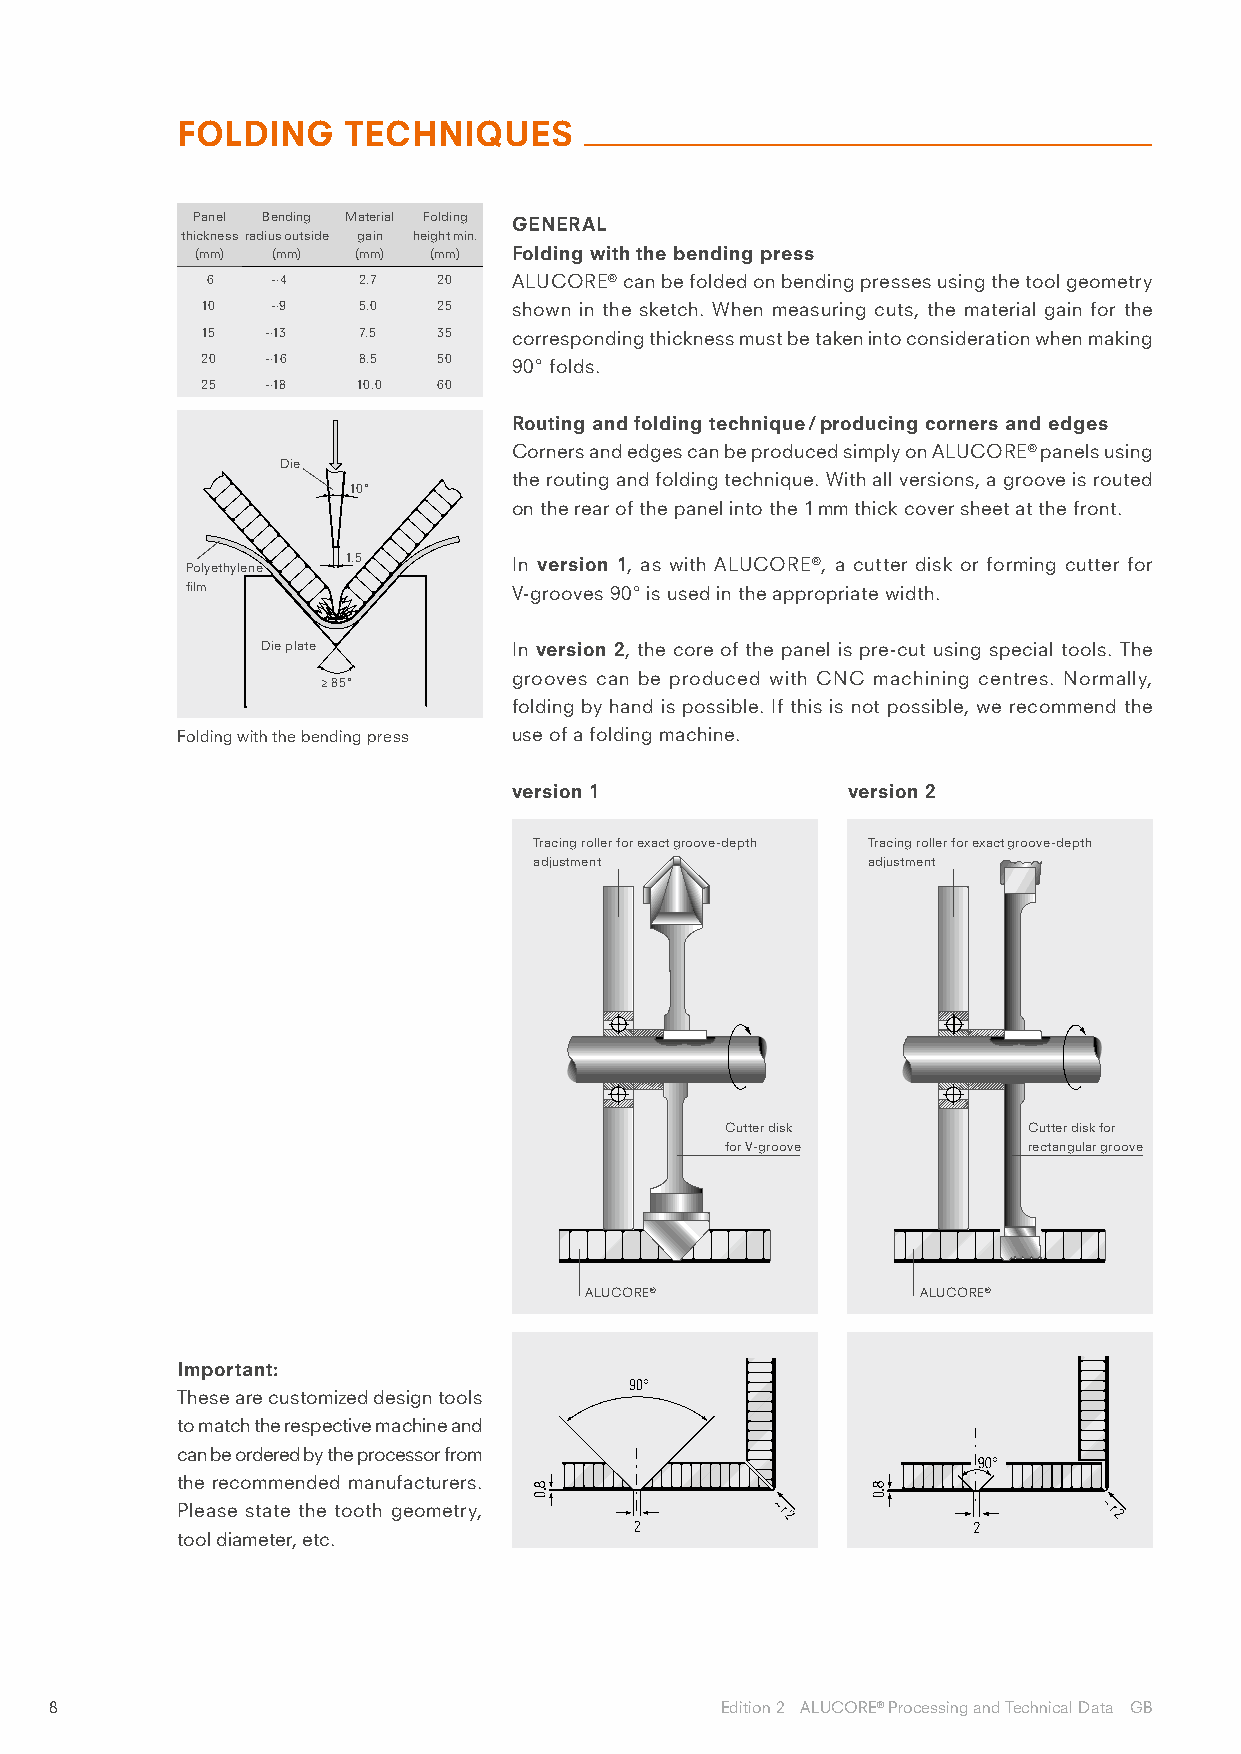
FOLDING    TECHNIQUES
 Panel Bending Material Folding GENERAL
 thickness radius outside gain height min.
 (mm) (mm)  (mm) (mm) Folding with the bending press
 6   ~4    2.7  20   ALUCORE® can be folded on bending presses using the tool geometry
 10   ~9    5.0  25   shown in the sketch. When measuring cuts, the material gain for the
 15   ~13   7.5  35   corresponding thickness must be taken into consideration when making
 20   ~16   8.5  50   90° folds.
 25   ~18   10.0 60
 Routing and folding technique / producing corners and edges
 Corners and edges can be produced simply on ALUCORE® panels using
 Die
 the routing and folding technique. With all versions, a groove is routed
 10°
 on the rear of the panel into the 1 mm thick cover sheet at the front.
 Polyethylene 1.5      In version 1, as with ALUCORE®, a cutter disk or forming cutter for
 film                  V-grooves 90° is used in the appropriate width.
 Die plate        In version 2, the core of the panel is pre-cut using special tools. The
 grooves can be produced with CNC machining centres. Normally,
 ≥ 85°
 folding by hand is possible. If this is not possible, we recommend the
 Folding with the bending press use of a folding machine.
 version 1             version 2
 Tracing roller for exact groove-depth Tracing roller for exact groove-depth
 adjustment            adjustment
 Cutter disk         Cutter disk for
 for V-groove        rectangular groove
 ALUCORE®              ALUCORE®
 Important:
 These are customized design tools
 to match the respective machine and
 can be ordered by the processor from
 the recommended manufacturers.
 Please state the tooth geometry,
 tool diameter, etc.
 8                                            Edition 2 ALUCORE® Processing and Technical Data GB